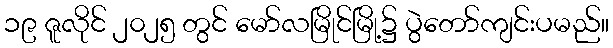
၁၉ ဇူလိုင် ၂၀၂၅ တွင် မော်လမြိုင်မြို့၌ ပွဲတော်ကျင်းပမည်။